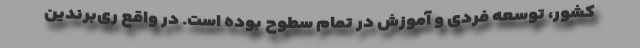
کشور، توسعه فردی و آموزش در تمام سطوح بوده است. در واقع ری‌برندین